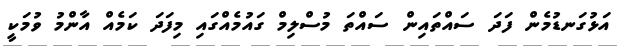
އަޅުގަނޑުމެން ފަދަ ސައްތައިން ސައްތަ މުސްލިމް ގައުމެއްގައި މިފަދަ ކަމެއް އާންމު ވުމަކީ